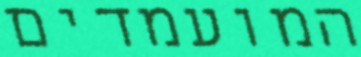
המועמדים